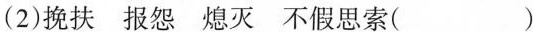
(2)挽扶 报怨 熄灭 不假思索( )